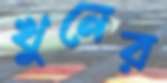
খুনের